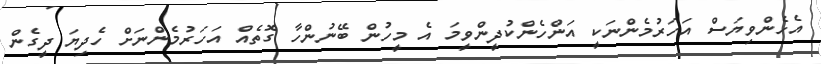
އެހެންވިޔަސް އަހަރުމެންނަކީ އަންހެންކުދީންވީމަ އެ މީހުން ބޭނުންހާ ގޮތެއް އަހަރުމެންނަށް ހެދިޔަ ދީގެން